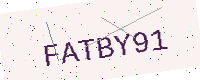
Text: FATBY91